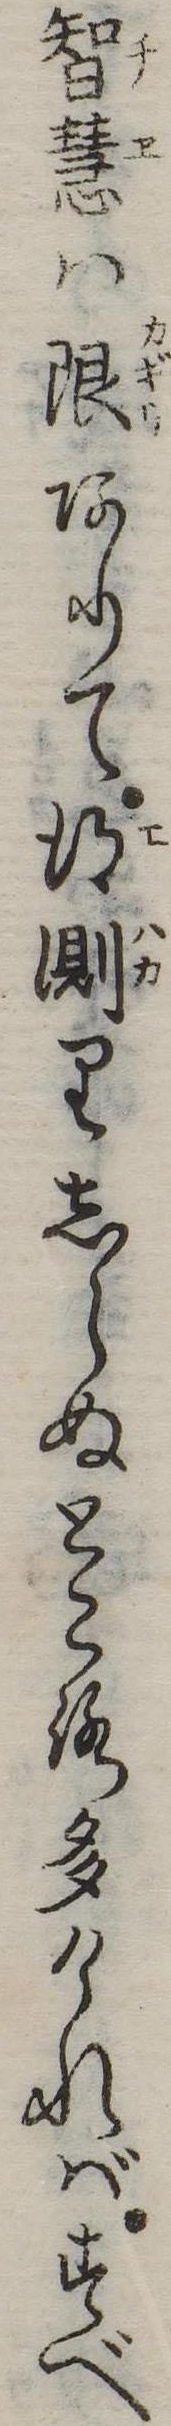
智慧は限ありて得測りしらぬところ多ければすべ